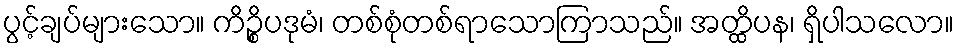
ပွင့်ချပ်များသော။ ကိဉ္စိပဒုမံ၊ တစ်စုံတစ်ရာသောကြာသည်။ အတ္ထိပန၊ ရှိပါသလော။